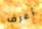
أعرف